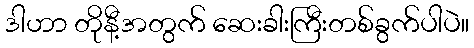
ဒါဟာ တိုနီ့အတွက် ဆေးခါးကြီးတစ်ခွက်ပါပဲ။